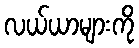
လယ်ယာများကို